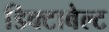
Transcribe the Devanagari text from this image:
डिक्टाबेल्ट